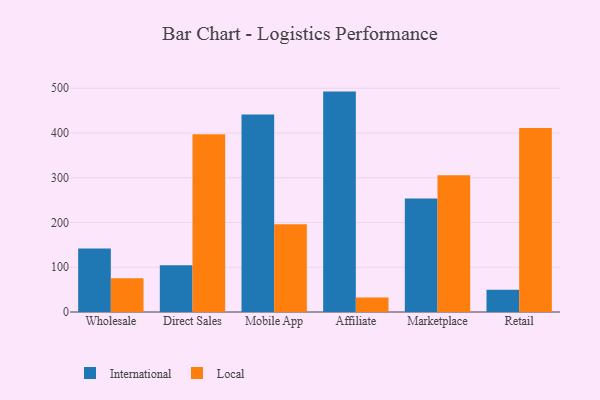
{"axis": {"x": "Channel", "y": "Page Views"}, "legend": ["International", "Local"], "data": [{"x": "Wholesale", "y": 141.9, "type": "International"}, {"x": "Wholesale", "y": 75.2, "type": "Local"}, {"x": "Direct Sales", "y": 104.4, "type": "International"}, {"x": "Direct Sales", "y": 397.4, "type": "Local"}, {"x": "Mobile App", "y": 441.6, "type": "International"}, {"x": "Mobile App", "y": 196.2, "type": "Local"}, {"x": "Affiliate", "y": 492.6, "type": "International"}, {"x": "Affiliate", "y": 32.4, "type": "Local"}, {"x": "Marketplace", "y": 253.5, "type": "International"}, {"x": "Marketplace", "y": 305.7, "type": "Local"}, {"x": "Retail", "y": 49.9, "type": "International"}, {"x": "Retail", "y": 411.0, "type": "Local"}]}